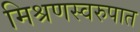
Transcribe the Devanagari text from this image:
मिश्रणस्वरुपात